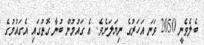
ބެލެވެނީ 2050 ވަނަ އަހަރުގެ ނިޔަލަށެވެ. އެ ގައުމުން ބުނާ ގޮތުގައި އެގައުމުގެ